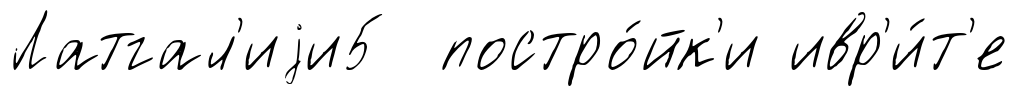
Латгал'иjи5 постро́йк'и ивр'и́т'е